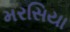
મરસિયા